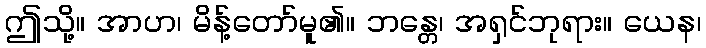
ဤသို့။ အာဟ၊ မိန့်တော်မူ၏။ ဘန္တေ၊ အရှင်ဘုရား။ ယေန၊